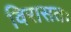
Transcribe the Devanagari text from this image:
विरासतः